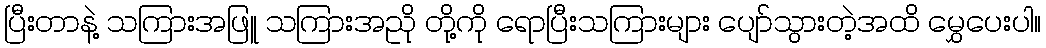
ပြီးတာနဲ့ သကြားအဖြူ သကြားအညို တို့ကို ရောပြီးသကြားများ ပျော်သွားတဲ့အထိ မွှေပေးပါ။